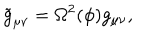
LaTeX: \tilde { g } _ { \mu \nu } = \Omega ^ { 2 } ( \phi ) g _ { \mu \nu } ,